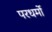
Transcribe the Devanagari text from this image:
परधर्मो